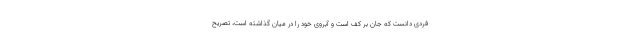
فردی دانست که جان بر کف است و آبروی خود را در میان گذاشته است، تصریح